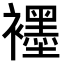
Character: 𬡶